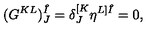
( G ^ { K L } ) _ { J } ^ { \hat { I } } = \delta _ { J } ^ { [ K } \eta ^ { L ] \hat { I } } = 0 ,